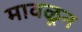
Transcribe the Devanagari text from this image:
मावळून